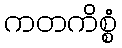
ကတကိစ္စံ